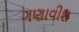
ગણાવીશ